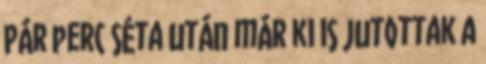
Pár perc séta után már ki is jutottak a